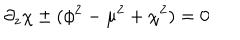
\partial _ { z } \chi \pm ( \phi ^ { 2 } - \mu ^ { 2 } + \chi ^ { 2 } ) = 0